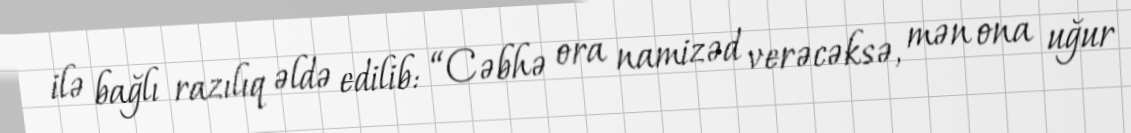
ilə bağlı razılıq əldə edilib: “Cəbhə ora namizəd verəcəksə, mən ona uğur